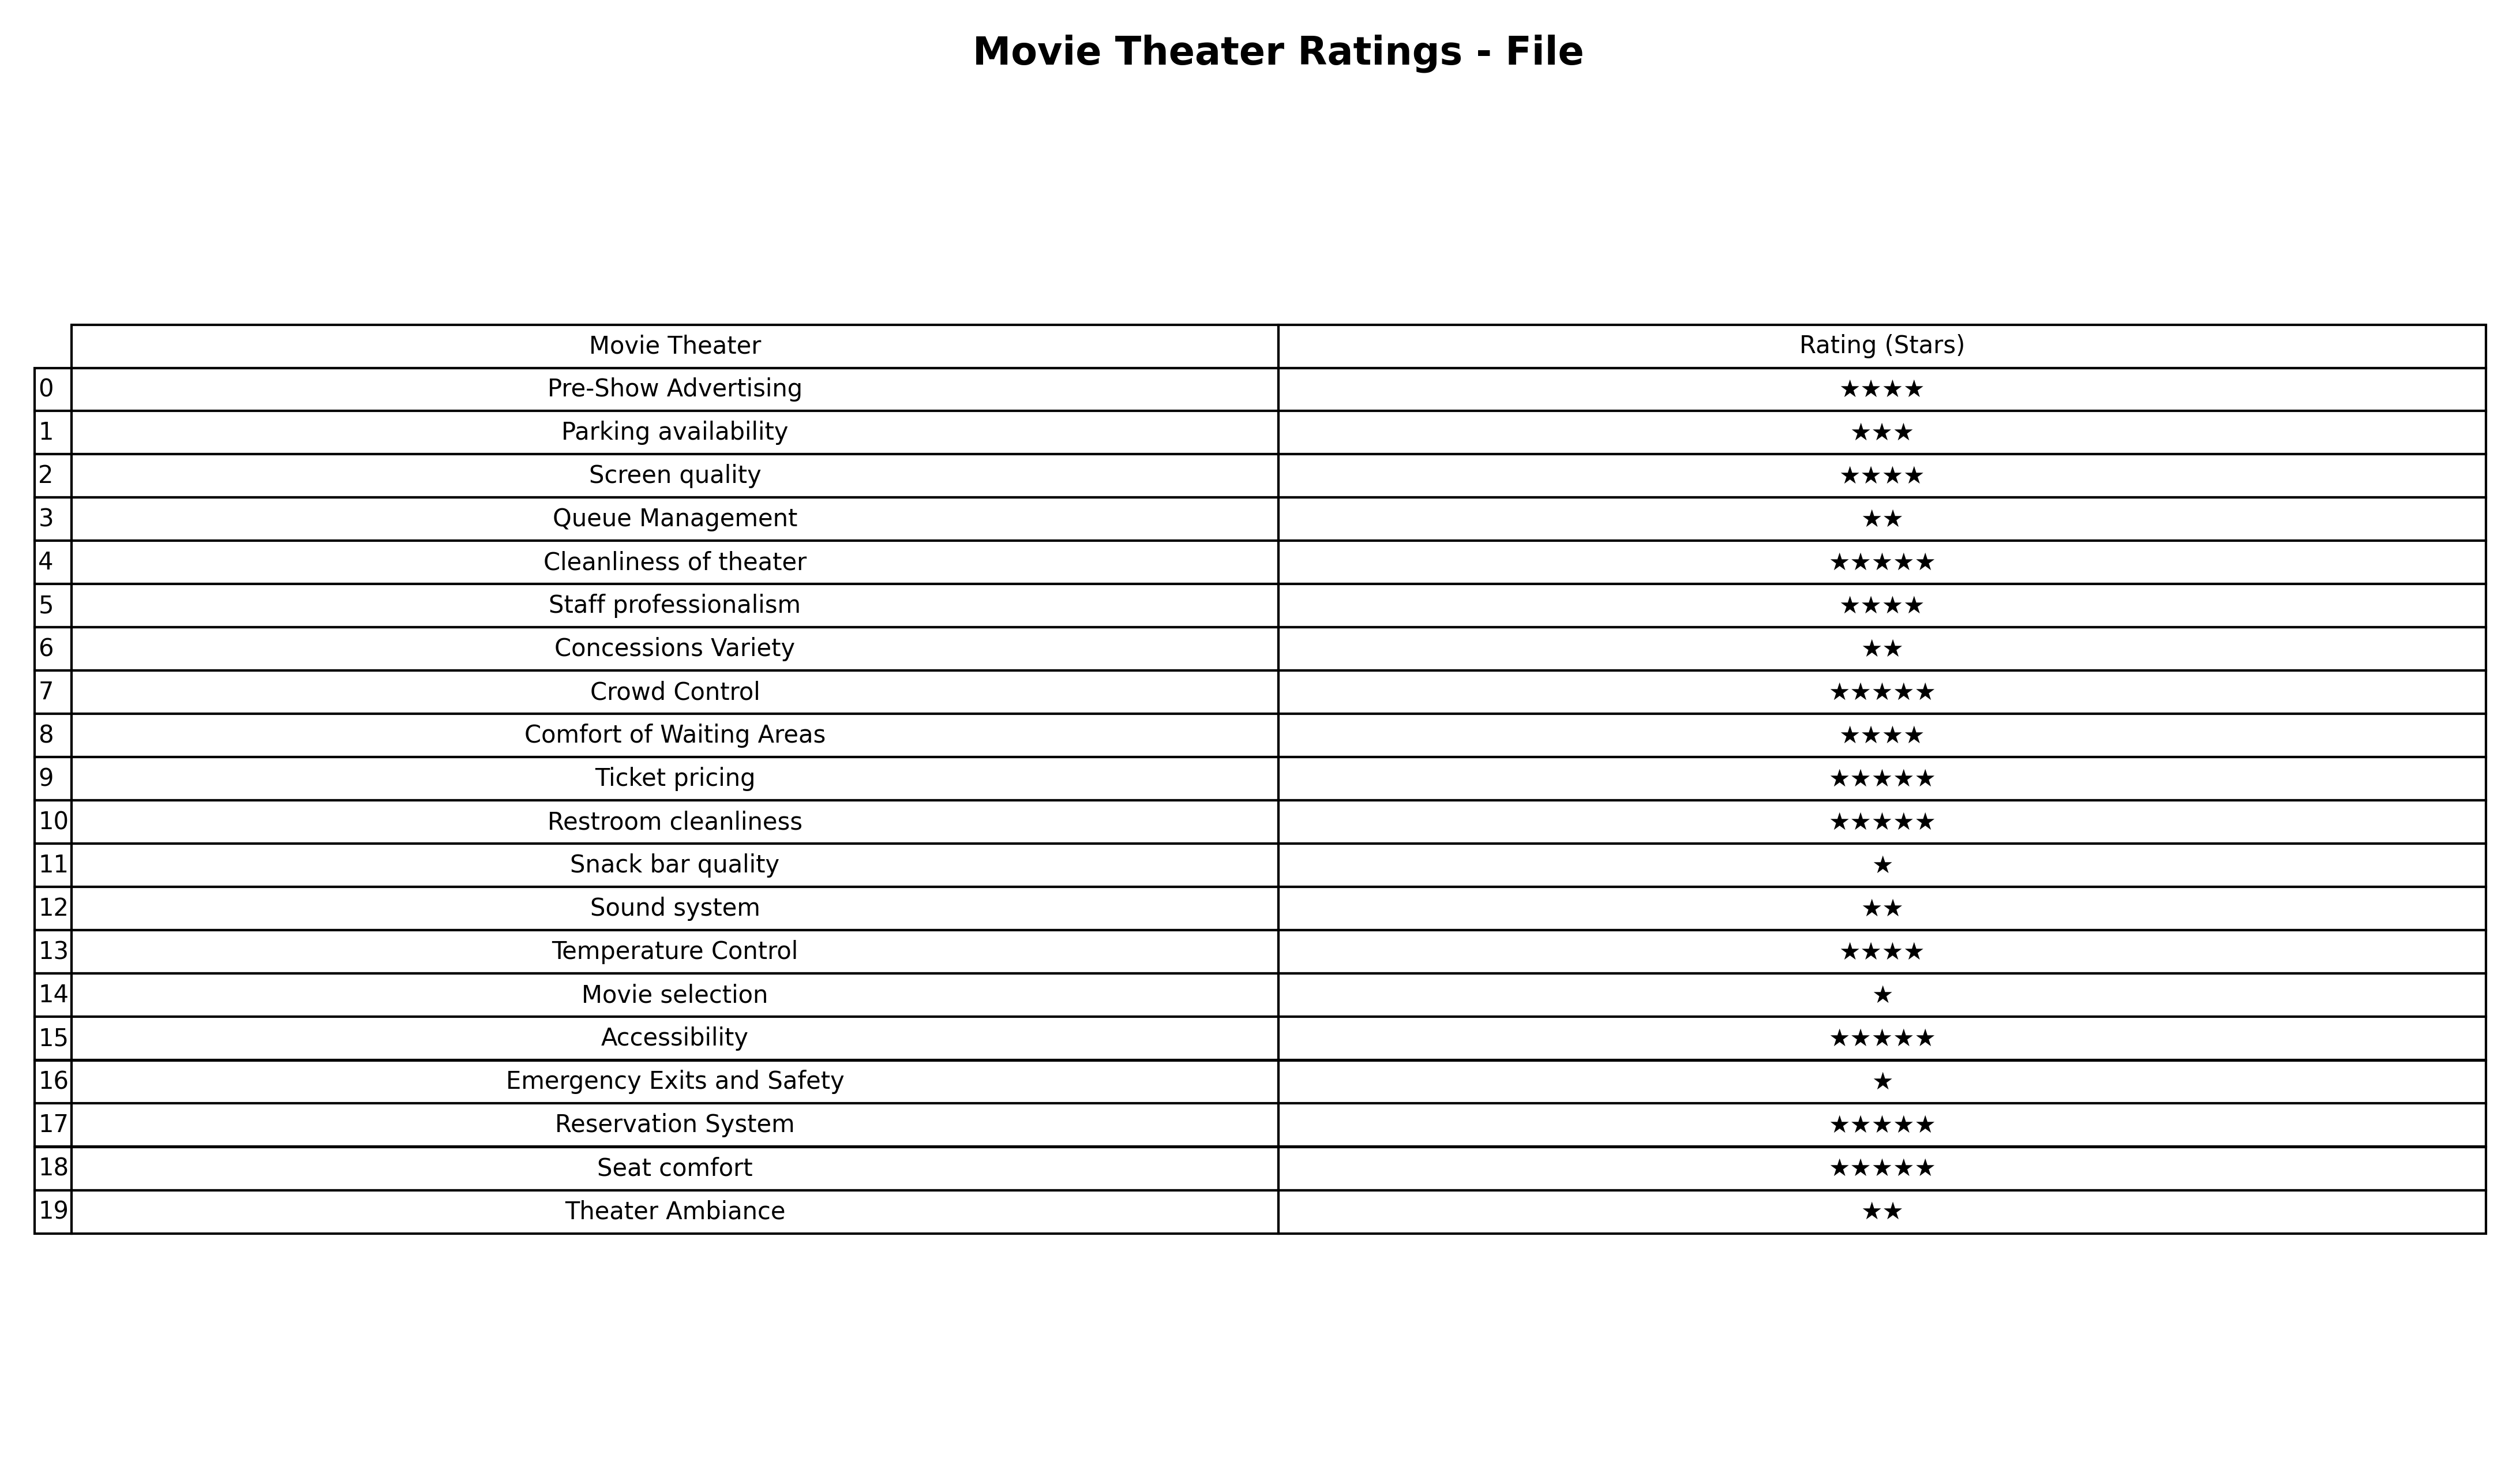
question: What are three star services?
answer: Parking availability